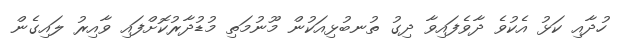
ހުދާއި ކަޅު އެކުވެ ދާވެފައިވާ ދިގު ތުނބުޅިއަކުން މޫނުމަތި މުޑުދާރުކޮށްފައި ވާއިރު ލައިގެން